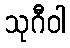
သုဂီဝါ